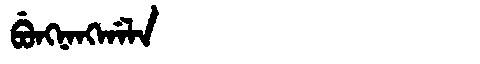
Manchu: ᠪᡠᠩᠨᠠᠩᡤᠠᠯᠠ
Romanization: BUNGNANGGALA